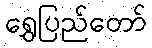
ရွှေပြည်တော်